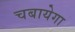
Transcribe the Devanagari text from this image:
चबायेगा